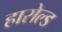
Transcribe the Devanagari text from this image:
हारोल्ड